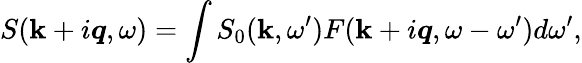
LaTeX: S({\mathbf k}+i\mathbfit{q},\omega)=\int S_{0}({\mathbf k},\omega^{\prime})F({\mathbf k}+i\mathbfit{q},\omega-\omega^{\prime})d\omega^{\prime},